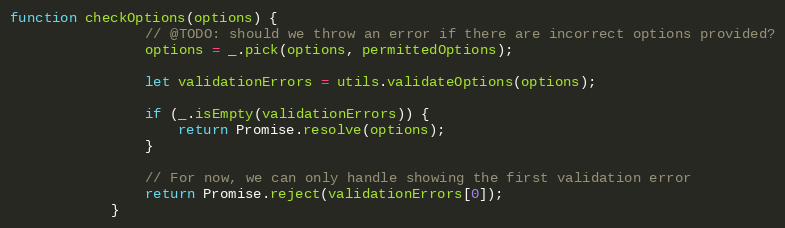
Language: JavaScript
function checkOptions(options) {
                // @TODO: should we throw an error if there are incorrect options provided?
                options = _.pick(options, permittedOptions);

                let validationErrors = utils.validateOptions(options);

                if (_.isEmpty(validationErrors)) {
                    return Promise.resolve(options);
                }

                // For now, we can only handle showing the first validation error
                return Promise.reject(validationErrors[0]);
            }